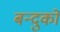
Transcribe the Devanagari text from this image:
बन्दुको